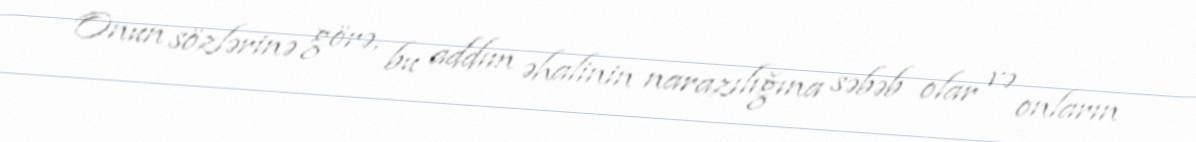
Onun sözlərinə görə, bu addım əhalinin narazılığına səbəb olar və onların